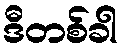
ဒီတစ်ခါ